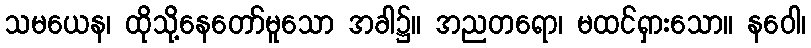
သမယေန၊ ထိုသို့နေတော်မူသော အခါ၌။ အညတရော၊ မထင်ရှားသော။ နဝေါ၊